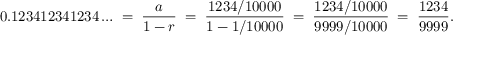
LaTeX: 0 . 1 2 3 4 1 2 3 4 1 2 3 4 \ldots \; = \; { \frac { a } { 1 - r } } \; = \; { \frac { 1 2 3 4 / 1 0 0 0 0 } { 1 - 1 / 1 0 0 0 0 } } \; = \; { \frac { 1 2 3 4 / 1 0 0 0 0 } { 9 9 9 9 / 1 0 0 0 0 } } \; = \; { \frac { 1 2 3 4 } { 9 9 9 9 } } .